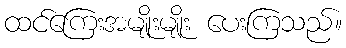
ထင်ကြေးအမျိုးမျိုး ပေးကြသည်။